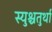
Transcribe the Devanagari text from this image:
स्युश्चतुर्था